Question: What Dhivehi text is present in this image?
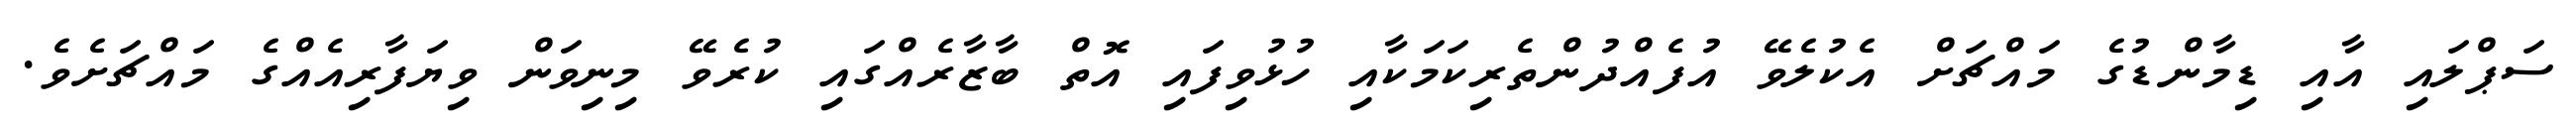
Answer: ސަޕްލައި އާއި ޑިމާންޑުގެ މައްޗަށް އެކުލެވޭ އުފެއްދުންތެރިކަމަކާއި ހުޅުވިފައި އޮތް ބާޒާރެއްގައި ކުރެވޭ މިނިވަން ވިޔަފާރިއެއްގެ މައްޗަށެވެ.